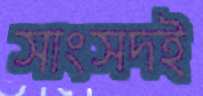
সাংসদই